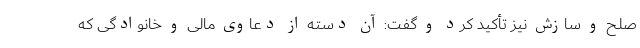
صلح و سازش نیز تأکید کرد و گفت: آن دسته از دعاوی مالی و خانوادگی که